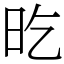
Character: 㫓